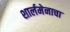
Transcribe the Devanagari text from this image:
शार्लमेनाचा